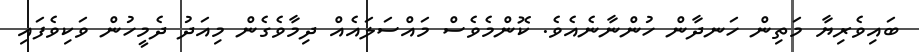
ބައިވެރިޔާ މަތިން ހަނދާން ހުންނާނެއެވެ. ކޮންމެވެސް މައްސަލައެއް ދިމާވެގެން މިއަދު ދެމީހުން ވަކިވެފައި